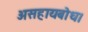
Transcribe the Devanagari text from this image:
असहायबोध।